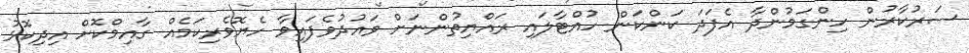
ސަރުކާރުން ހިންގަމުންދާ އެފަދަ ކަންކަން ހުއްޓާލައި ރައްޔިތުންނަށް ވައުދުވެފައިވާ ހެޔޮވެރިކަމެއް ގާއިމްކޮށް އިދިކޮޅު